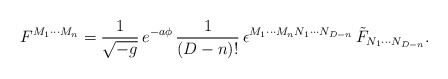
\begin{align*}F^{M_1\cdots M_n} ={ 1\over \sqrt{ -g } } \, e^{ -a \phi} \, { 1\over (D-n)! } \,\epsilon^{M_1 \cdots M_n N_1 \cdots N_{D-n} } \, \tilde{F}_{N_1 \cdots N_{D-n} } .\end{align*}